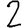
Digit: 2